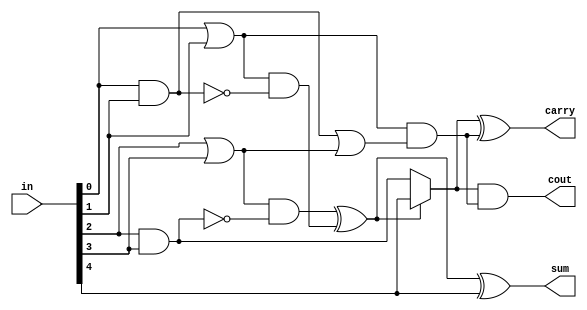

module adder_5to3(in, cout, carry, sum);

input [4:0] in;
wire x0, x1, x2, x3, x4;
output cout, carry, sum;

assign {x0, x1, x2, x3, x4} = in;

wire y0, y1, y2, y3;

assign y0 = x4 | x3;
assign y1 = x4 & x3;
assign y2 = x2 | x1;
assign y3 = x2 & x1;

wire sand0, sand1, sxor0;

assign sand0 = y2 & (~y3);
assign sand1 = y0 & (~y1);
assign sxor0 = sand0 ^ sand1;
assign sum = sxor0 ^ x0;

wire mux0;

assign mux0 = sxor0 ? x0 : y3;

wire cor0, cand0;

assign cor0 = y1 | y2;
assign cand0 = y0 & cor0;

assign carry = mux0 ^ cand0;
assign cout = mux0 & cand0;


endmodule

module adder_5to3_mod(in, cout, carry, sum);

input [4:0] in;
wire x0, x1, x2, x3, x4;
output cout, carry, sum;

assign {x0, x1, x2, x3, x4} = in;

wire y0, y1, y2, y3;

assign y0 = x4 | x3;
assign y1 = x4 & x3;
assign y2 = x2 | x1;
assign y3 = x2 & x1;

wire sxor0, sxor1, sxor2;

assign sxor1 = y2 ^ y3;
assign sxor2 = y0 ^ y1;

assign sxor0 = sxor1 ^ sxor2;
assign sum = sxor0 ^ x0;

wire mux0;

assign mux0 = sxor0 ? x0 : y3;

wire cor0, cand0;

assign cor0 = y1 | y2;
assign cand0 = y0 & cor0;

assign carry = mux0 ^ cand0;
assign cout = mux0 & cand0;


endmodule

module adder_5to3_mod2(in, cout, carry, sum);

input [4:0] in;
wire x1, x2, x3, x4, x5;
output cout, carry, sum;

assign {x1, x2, x3, x4, x5} = in;

wire and12, xor12, and34, xor34;

assign and12 = x1 & x2;
assign xor12 = x1 ^ x2;
assign and34 = x3 & x4;
assign xor34 = x3 ^ x4;

wire  and3, xor3, and4, xor4;

assign and3 = and12 & and34;
assign xor3 = and12 ^ and34;
assign and4 = xor12 & xor34;
assign xor4 = xor12 ^ xor34;

wire xor5, and6, xor6;

assign xor5 = xor3 ^ and4;
assign and6 = x5 & xor4;
assign xor6 = x5 ^ xor4;

wire and7, xor7, xor8;

assign and7 = xor5 & and6;
assign xor7 = xor5 ^ and6;
assign xor8 = and7 ^ and3;

assign sum = xor6;
assign carry = xor7;
assign cout = xor8;

endmodule